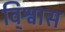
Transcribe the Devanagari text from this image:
वि्श्वास